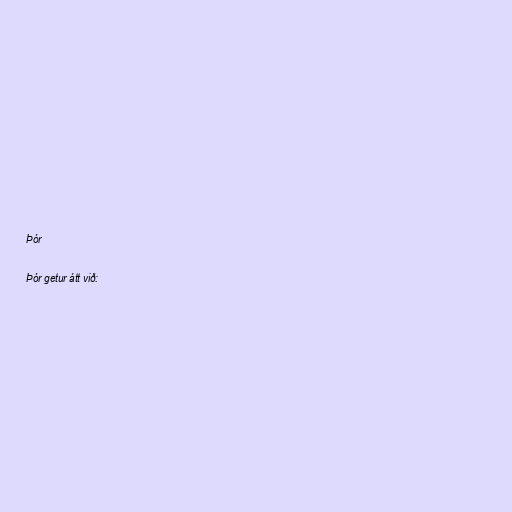
Þór

Þór getur átt við: